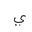
Letter: _ya